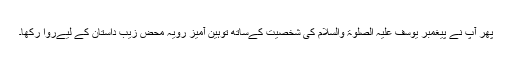
پھر آپ نے پیغمبر یوسف علیہ الصلوۃ والسلام کی شخصیت کےساتھ توہین آمیز رویہ محض زیب داستان کے لیےروا رکھا۔